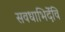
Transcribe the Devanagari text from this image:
सवधाभिर्देवि